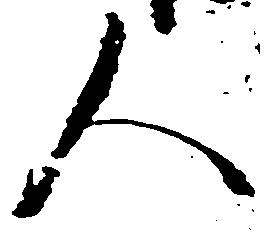
人